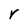
Character: r